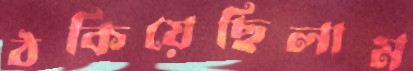
ঠকিয়েছিলাম